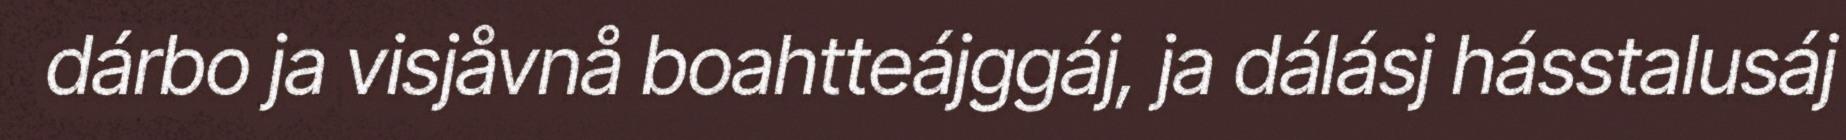
dárbo ja visjåvnå boahtteájggáj, ja dálásj hásstalusáj